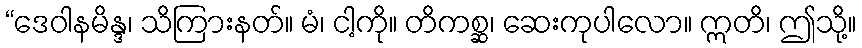
“ဒေဝါနမိန္ဒ၊ သိကြားနတ်။ မံ၊ ငါ့ကို။ တိကစ္ဆ၊ ဆေးကုပါလော။ ဣတိ၊ ဤသို့။